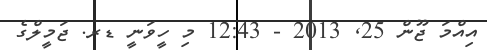
އިއްމަ ޖޫން 25